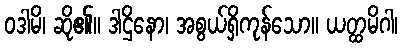
ဝဒါမိ၊ ဆို၏။ ဒါဌိနော၊ အစွယ်ရှိကုန်သော။ ယတ္ထမိဂါ၊